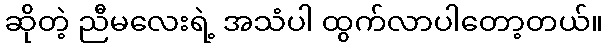
ဆိုတဲ့ ညီမလေးရဲ့ အသံပါ ထွက်လာပါတော့တယ်။